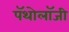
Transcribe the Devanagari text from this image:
पॅथोलॉजी